Civil Veterinary Dept. Bombay admin report 1923-31 - 1923-1931
Year: 1923
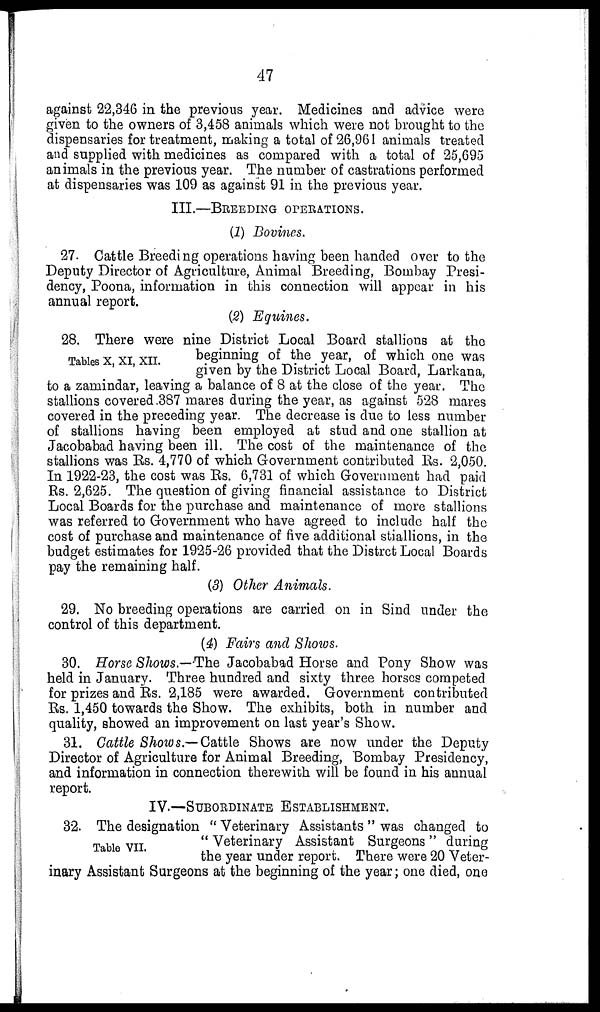
47
against 22,346 in the previous year. Medicines and advice were
given to the owners of 3,458 animals which were not brought to the
dispensaries for treatment, making a total of 26,961 animals treated
and supplied with medicines as compared with a total of 25,695
animals in the previous year. The number of castrations performed
at dispensaries was 109 as against 91 in the previous year.
III.—BREEDING OPERATIONS.
(1) Bovines.
27. Cattle Breeding operations having been handed over to the
Deputy Director of Agriculture, Animal Breeding, Bombay Presi-
dency, Poona, information in this connection will appear in his
annual report.
(2) Equines.
Tables X, XI, XII.
28. There were nine District Local Board stallions at the
beginning of the year, of which one was
given by the District Local Board, Larkana,
to a zamindar, leaving a balance of 8 at the close of the year. The
stallions covered 387 mares during the year, as against 528 mares
covered in the preceding year. The decrease is due to less number
of stallions having been employed at stud and one stallion at
Jacobabad having been ill. The cost of the maintenance of the
stallions was Rs. 4,770 of which Government contributed Rs. 2,050.
In 1922-23, the cost was Rs. 6,731 of which Government had paid
Rs. 2,625. The question of giving financial assistance to District
Local Boards for the purchase and maintenance of more stallions
was referred to Government who have agreed to include half the
cost of purchase and maintenance of five additional stiallions, in the
budget estimates for 1925-26 provided that the Distrct Local Boards
pay the remaining half.
(3) Other Animals.
29. No breeding operations are carried on in Sind under the
control of this department.
(4) Fairs and Shows.
30. Horse Shows.—The Jacobabad Horse and Pony Show was
held in January. Three hundred and sixty three horses competed
for prizes and Rs. 2,185 were awarded. Government contributed
Rs. 1,450 towards the Show. The exhibits, both in number and
quality, showed an improvement on last year's Show.
31. Cattle Shows.— Cattle Shows are now under the Deputy
Director of Agriculture for Animal Breeding, Bombay Presidency,
and information in connection therewith will be found in his annual
report.
IV.—SUBORDINATE ESTABLISHMENT.
Table VII.
32. The designation " Veterinary Assistants " was changed to
" Veterinary Assistant Surgeons " during
the year under report. There were 20 Veter-
inary Assistant Surgeons at the beginning of the year; one died, one